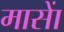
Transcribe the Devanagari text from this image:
मासाें